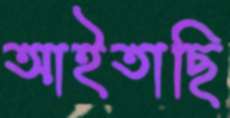
আইতাছি